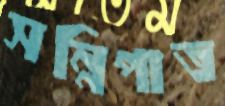
সন্নিপাত